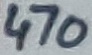
Text: 470